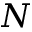
N